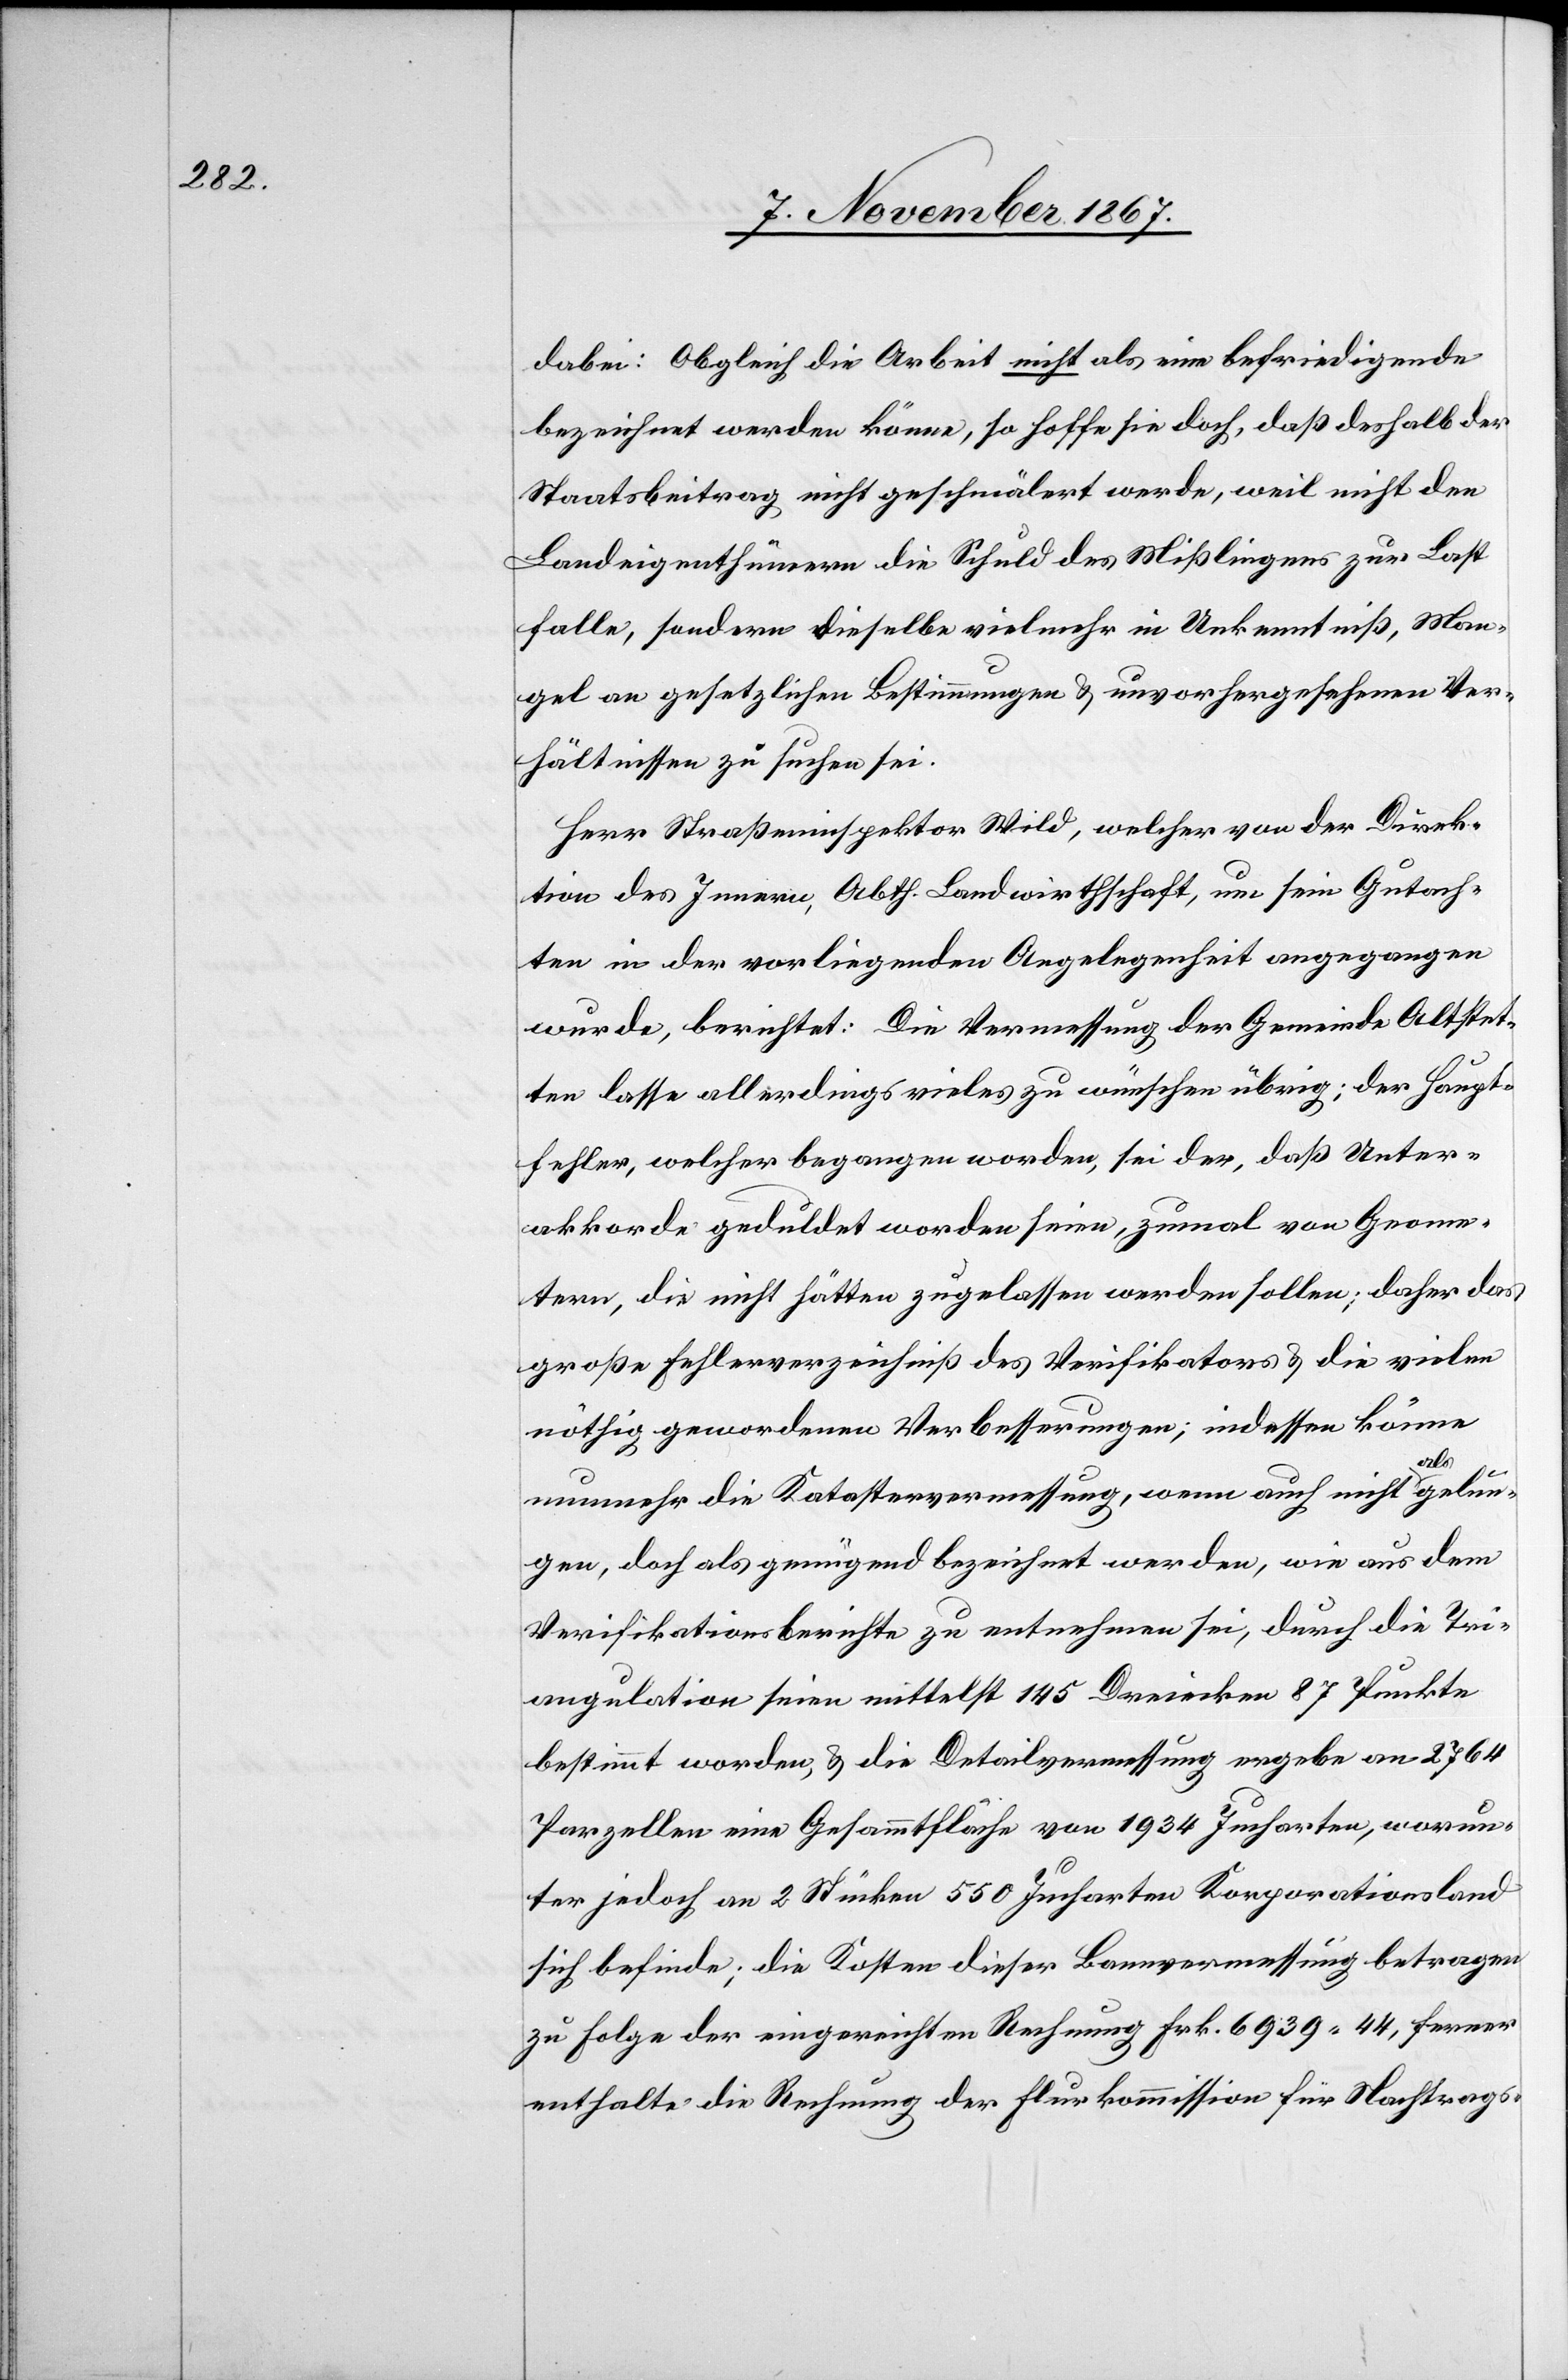
dabei: Obgleich die Arbeit nicht als eine befriedigende
bezeichnet werden könne, so hoffe sie doch, daß deshalb der
Staatsbeitrag nicht geschmälert werde, weil nicht den
Landeigenthümern die Schuld des Mißlingens zur Last
falle, sondern dieselbe vielmehr in Unkenntniß, Man¬
gel an gesetzlichen Bestimmungen u. unvorhergesehenen Ver¬
hältnissen zu suchen sei.
Herr Straßeninspektor Wild, welcher von der Direktion
ten in der vorliegenden Angelegenheit angegangen
wurde, berichtet: Die Vermessung der Gemeinde Altstet¬
ten lasse allerdings vieles zu wünschen übrig; der Haupt¬
fehler, welcher begangen worden, sei der, daß Unter¬
akkorde geduldet worden seien, zumal von Geome¬
tern, die nicht hätten zugelassen werden sollen; daher das
große Fehlerverzeichniß des Verifikators u. die vielen
nöthig gewordenen Verbesserungen; indessen könne
Gutach¬
nunmehr die Katastervermessung, wenn auch nicht als gelun¬
gen, doch als genügend bezeichnet werden, wie aus dem
Verifikationsberichte zu entnehmen sei, durch die Tri¬
angulation seien mittelst 145 Dreiecken 87 Punkte
bestimmt worden, u. die Detailvermessung ergebe an 2764
Parzellen eine Gesammtfläche von 1934 Jucharten, worun¬
ter jedoch an 2 Stücken 550 Jucharten Korporationsland
sich befinde; die Kosten dieser Bannvermessung betragen
zu Folge der eingereichten Rechnung Frk. 6939.44, ferner
enthalte die Rechnung der Flurkommission für Nachtrags-